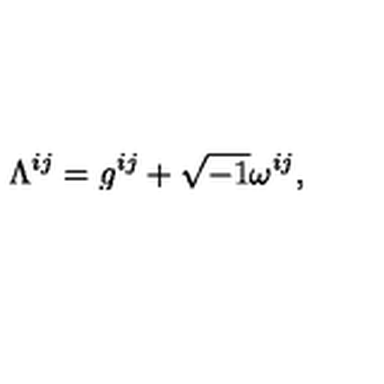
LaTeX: \Lambda ^ { i j } = g ^ { i j } + \sqrt { - 1 } \omega ^ { i j } ,